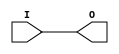
module IBUFG_HSTL_I (O, I);

    output O;

    input  I;

	buf B1 (O, I);


endmodule